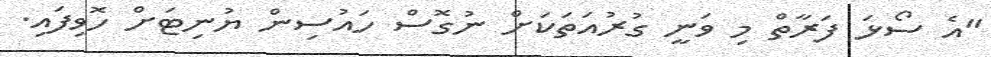
"އެ ސޯޅަ ފަރާތް މި ވަނީ ގުރުއަތަކަށް ނުގޮސް ހައުސިން ޔުނިޓަށް ހޮވިފައި.